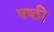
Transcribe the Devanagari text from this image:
षष्‍ठी